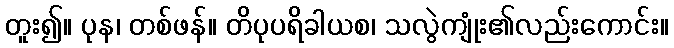
တူး၍။ ပုန၊ တစ်ဖန်။ တိပုပရိခါယစ၊ သလွဲကျုံး၏လည်းကောင်း။